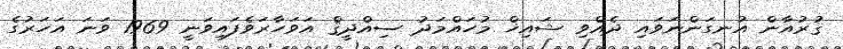
ޤުރުއާން އުނގަންނަވައި ދެއްވި ޝައިޚް މުހައްމަދު ސިއްދީޤް އަވަހާރަވެފައިވަނީ 1969 ވަނަ އަހަރުގެ